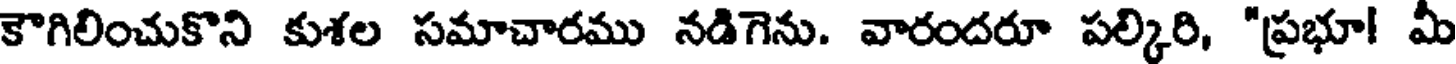
కౌగిలించుకొని కుశల సమాచారము నడిగెను. వారందరూ పల్కిరి, "ప్రభూ! మీ